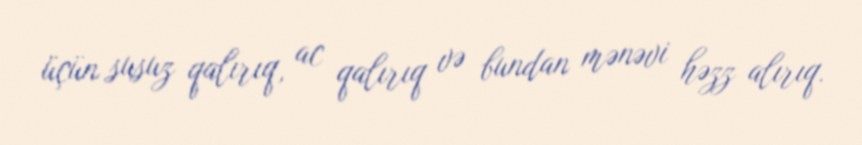
üçün susuz qalırıq, ac qalırıq və bundan mənəvi həzz alırıq.